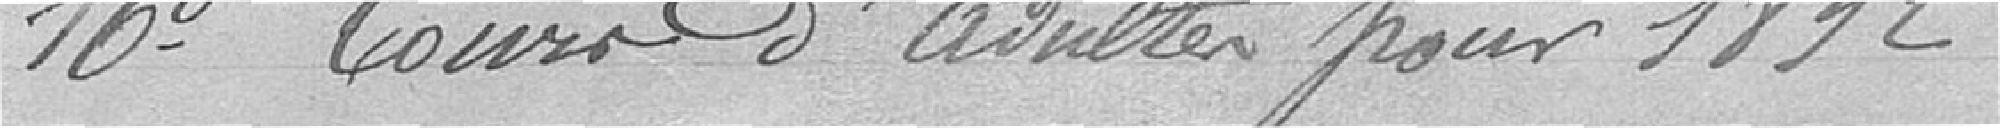
16° Cours d'adultes pour 1892.